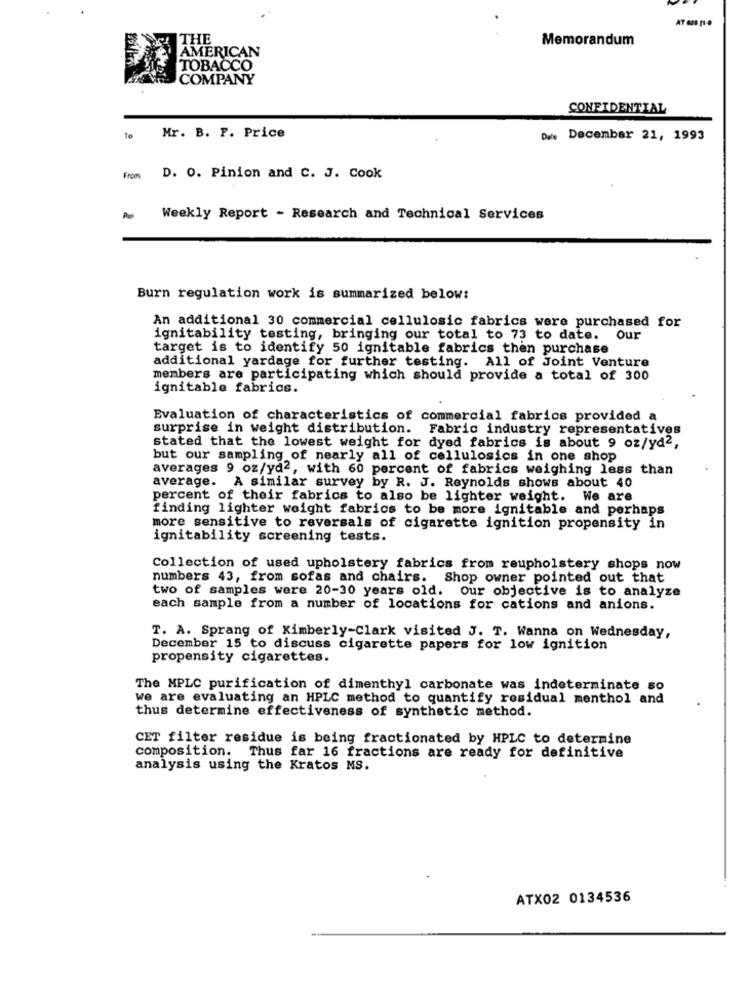
THE
Memorandum
AMERICAN
TOBACCO
COMPANY
CONFIDENTIAL
Mr. B. F. Price
Date December 21, 1993
From
D. O. Pinion and C. J. Cook
Weekly Report - Research and Technical Services
Burn regulation work is summarized below:
An additional 30 commercial cellulosic fabrics were purchased for
ignitability testing, bringing our total to 73 to date. Our
target is to identify 50 ignitable fabrics then purchase
additional yardage for further testing. All of Joint Venture
members are participating which should provide a total of 300
ignitable fabrics.
Evaluation of characteristics of commercial fabrics provided a
surprise in weight distribution. Fabric industry representatives
stated that the lowest weight for dyed fabrics is about 9 oz/yd2,
but our sampling of nearly all of cellulosics in one shop
averages 9 oz/yd2, with 60 percent of fabrics weighing less than
average. A similar survey by R. J. Reynolds shows about 40
percent of their fabrics to also be lighter weight. We are
finding lighter weight fabrics to be more ignitable and perhaps
more sensitive to reversals of cigarette ignition propensity in
ignitability screening tests.
Collection of used upholstery fabrics from reupholstery shops now
numbers 43, from sofas and chairs. Shop owner pointed out that
two of samples were 20-30 years old. Our objective is to analyze
each sample from a number of locations for cations and anions.
T. A. Sprang of Kimberly-Clark visited J. T. Wanna on Wednesday,
December 15 to discuss cigarette papers for low ignition
propensity cigarettes.
The MPLC purification of dimenthyl carbonate was indeterminate so
we are evaluating an HPLC method to quantify residual menthol and
thus determine effectiveness of synthetic method.
CET filter residue is being fractionated by HPLC to determine
composition. Thus far 16 fractions are ready for definitive
analysis using the Kratos MS.
ATX02 0134536